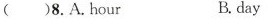
()8.A.hour B.day